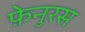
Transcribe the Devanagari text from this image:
फ़ेनुरस